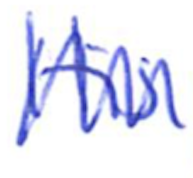
Text: His
Cross-out: zig-zag
Writing tool: ballpoint